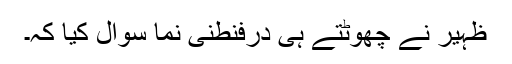
ظہیر نے چھُوٹتے ہی دُرفنطنی نما سوال کیا کہ۔